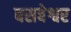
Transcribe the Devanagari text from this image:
बसबेश्वर